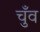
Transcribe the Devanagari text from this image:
चुँव